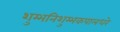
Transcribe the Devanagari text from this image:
शुम्भनिशुम्भकपालधरे